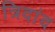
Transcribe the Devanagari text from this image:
त्रिदांद